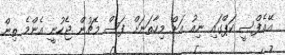
އޭއެފްސީ ކަޕްގައި ނިއު އަށް މިހާތަނަށް ފަސް މެޗުން ޖެހުނީ އެންމެ ތިން